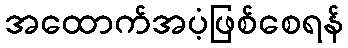
အထောက်အပံ့ဖြစ်စေရန်